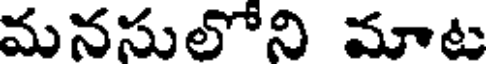
మనసులోని మాట